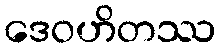
ဒေဝဟိတဿ